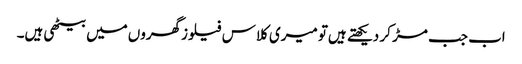
اب جب مڑ کر دیکھتے ہیں‌تو میری کلاس فیلوزگھروں‌میں‌بیٹھی ہیں۔